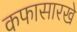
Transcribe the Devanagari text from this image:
कफासारखे